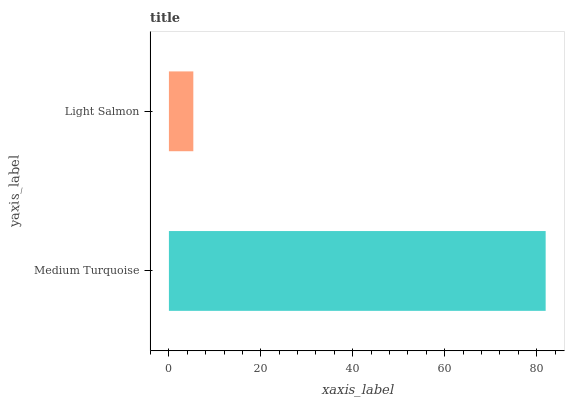
| yaxis_label | bars |
 | --- | --- |
 | Medium Turquoise | 82 |
 | Light Salmon | 5.31 |